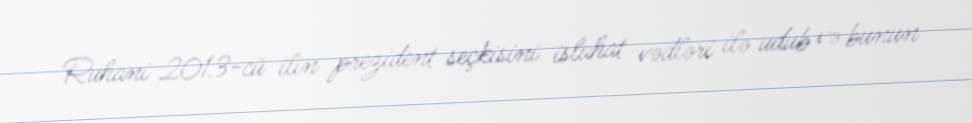
Ruhani 2013-cü ilin prezident seçkisini islahat vədləri ilə udub və bunun